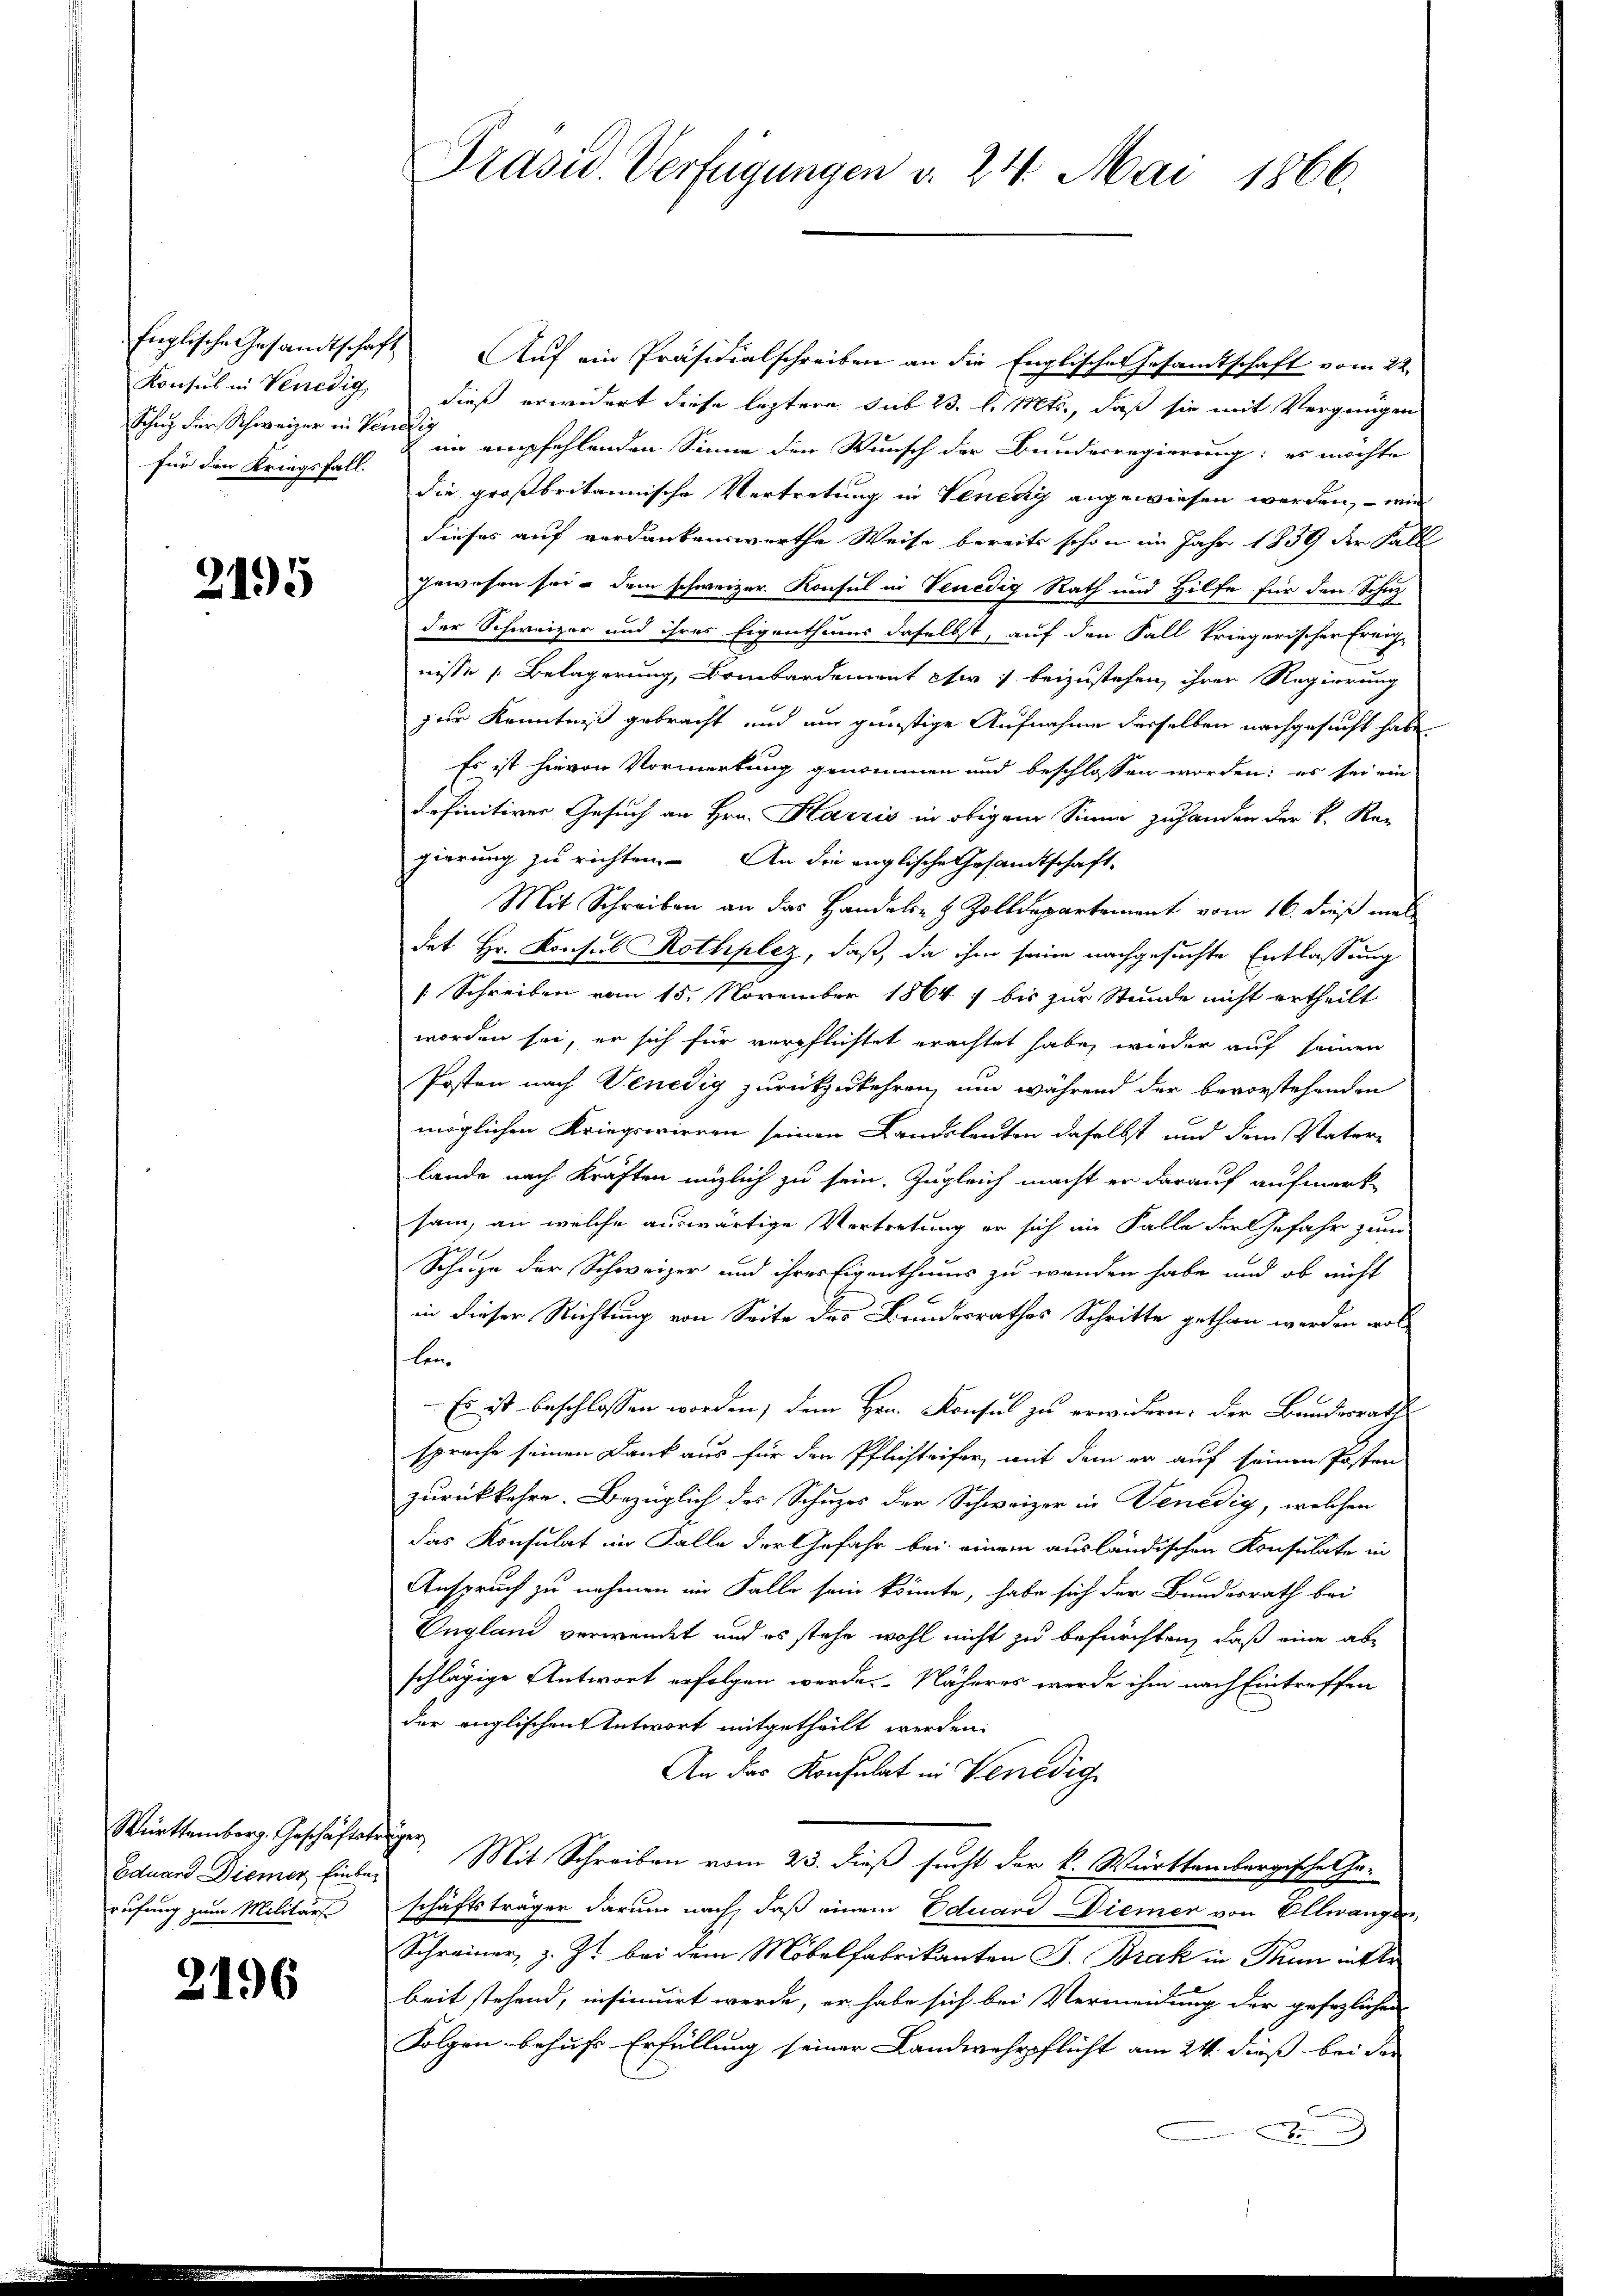
für den Kriegsfall.

2195

Württemberg. Geschäftstriger
Eduard Diemer Einberufung zum Militärs

2196

Englische Gesandtschaft Auf ein Präsidialschreiben an die Englisches Gesamtschaft vom 22.
Konsul in Venedig, dieß erwidert diese leztere sub 23. l. Mts., daß sie mit Vergnügen
Schutz der Schweizer in von in empfehlenden Sinne den Wunsch der Bundesregierung: es möchte
die großbritannische Vertretung in Venedy angewiesen werden, – wir
dieses auf verdankenswerthe Weise bereits schon im Jahr 1839 der Fall
gewesen sei – dem schweizer Konsul in Venedig Rath und Hilfe für den Schuz
der Schweizer und ihres Eigenthums daselbst, auf den Fall kriegerischer Freignisse Belagerung, Bombardement wir beizustehen, ihrer Regierung
zur Kenntniß gebracht und um günstige Aufnahme derselben nachgesucht habe.
Es ist hievon Vormerkung genommen und beschlossen worden; es sei ein
definitiver Gesuch an Hrn. Harzis in obigem Sinne zu handen der k. Ka-
gierung zu richten. An die englische Gesandtschaft-
Mit Schreiben an das Handels- & Zolldepartement vom 16. dieß mal
det Hr. Konsul Rothplez, daß, da ihm seine nachgesuchte Entlassung
Schreiben vom 15. November 1864 bis zur Stunde nicht ertheilt
worden sei, er sich für verpflichtet erachtet habe, wieder auf seinen
Posten nach Venedig zurückzukehren, um während der bevorstehenden
möglichen Kriegswieren seinen Landsleuten daselbst und dem Vatere
lande nach Kräften möglich zu sein. Zugleich macht er darauf aufmerk-
sam, an welche auswärtige Vortretung er sich im Falle der Gefahr zum
Schuze der Schweizer und ihres Eigenthums zu wenden habe und ob nicht
in dieser Richtung von Seite des Bundesrathes Schritte gethan werden wol
len
 Es ist beschlossen worden, dem Hrn. Konsul zu erwirken. Der Bundesrathe
sprache seinen Dank aus für den Pflichteifer, mit dem er auf seinen Posten
zurückkehre. Bezüglich des Schuzes der Schweizer in Venedig, welchen
das Konsulat im Falle der Gefahr bei einem ausländischen Konsulate in
Anspruch zu nehmen im Falle sein könnte, habe sich der Bundesrath bei
Ungland verwendet und es stehe wohl nicht zu befürchten, daß eine abschlägige Antwort erfolgen werde. Näheres werde ihm nach Eintreffen
der englischen Antwort mitgetheilt werden.
An das Konsulat in Venedig
Mit Schreiben vom 23. dieß sucht der k. Württembergische Ge¬
E
schäftsträger darum nach, daß einem Eduard Diemer von Ellwangen,
Schreiner, z. Zt. bei dem Möbelfabrikanten J. Brak in Thun inste
beit stehend, insinuirt werde, er habe sich bei Vermeidung der gefezlichen
Folgen behuf Erfüllung seiner Landwehrpflicht am 24. dies bei der
.

Präsid. Verfügungen v. 24. Mai 1866.